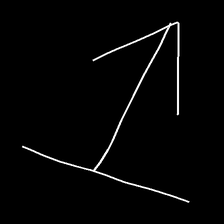
Glyph: levitation